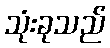
သုံးခုသည်